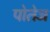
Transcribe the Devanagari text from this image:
पोतेज